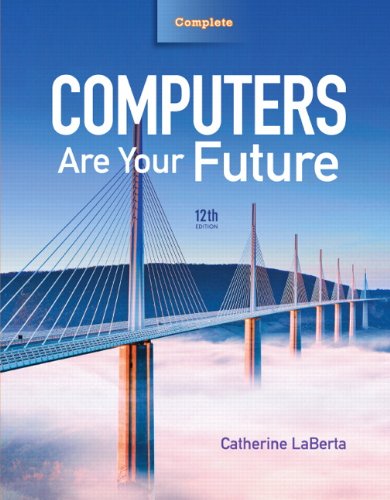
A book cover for Computers Are Your Future Complete (12th Edition); Catherine Laberta; Computers & Technology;